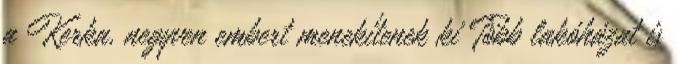
a Kerka, negyven embert menekítenek ki Több lakóházat is